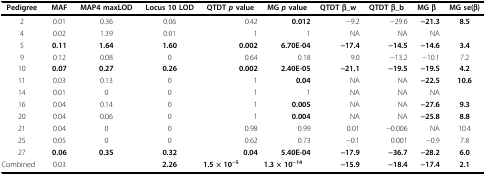
| Pedigree | MAF | MAP4 maxLOD | Locus 10 LOD | QTDT p value | MG p value | QTDT β_w | QTDT β_b | MG β | MG se(β) |
 | --- | --- | --- | --- | --- | --- | --- | --- | --- | --- |
 | 2 | 0.01 | 0.36 | 0.06 | 0.42 | 0.012 | −9.2 | −29.6 | −21.3 | 8.5 |
 | 4 | 0.02 | 1.39 | 0.01 | 1 | 1 | NA | NA | NA |  |
 | 5 | 0.11 | 1.64 | 1.60 | 0.002 | 6.70E-04 | −17.4 | −14.5 | −14.6 | 3.4 |
 | 9 | 0.12 | 0.08 | 0 | 0.64 | 0.18 | 9.0 | −13.2 | −10.1 | 7.2 |
 | 10 | 0.07 | 0.27 | 0.26 | 0.002 | 2.40E-05 | −21.1 | −19.5 | −19.5 | 4.2 |
 | 11 | 0.03 | 0.13 | 0 | 1 | 0.04 | NA | NA | −22.5 | 10.6 |
 | 14 | 0.01 | 0 | 0 | 1 | 1 | NA | NA | NA |  |
 | 16 | 0.04 | 0.14 | 0 | 1 | 0.005 | NA | NA | −27.6 | 9.3 |
 | 20 | 0.04 | 0.06 | 0 | 1 | 0.004 | NA | NA | −25.8 | 8.8 |
 | 21 | 0.04 | 0 | 0 | 0.98 | 0.99 | 0.01 | −0.006 | NA | 10.4 |
 | 25 | 0.05 | 0 | 0 | 0.62 | 0.73 | −0.1 | 0.001 | −0.9 | 7.8 |
 | 27 | 0.06 | 0.35 | 0.32 | 0.04 | 5.40E-04 | −17.9 | −36.7 | −28.2 | 6.0 |
 | Combined | 0.03 |  | 2.26 | 1.5 × 10−5 | 1.3 × 10−14 | −15.9 | −18.4 | −17.4 | 2.1 |